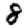
Digit: 8